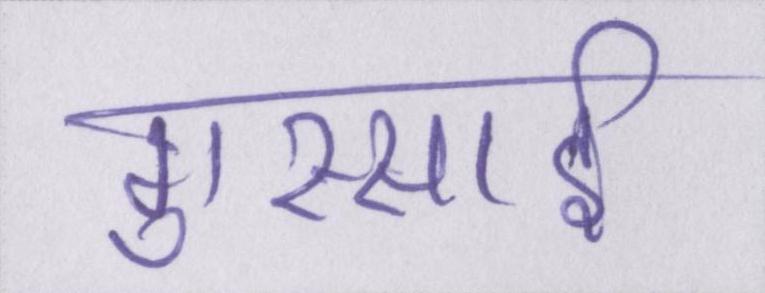
गुस्साई